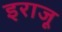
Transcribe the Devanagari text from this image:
इराजू